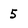
Character: 5